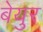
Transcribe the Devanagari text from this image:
बेयुर